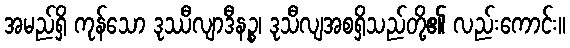
အမည်ရှိ ကုန်သော ဒုဿီလျာဒီနဉ္စ၊ ဒုသီလျအစရှိသည်တို့၏ လည်းကောင်း။